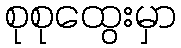
စုစုထွေးမှာ